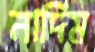
নাদিম